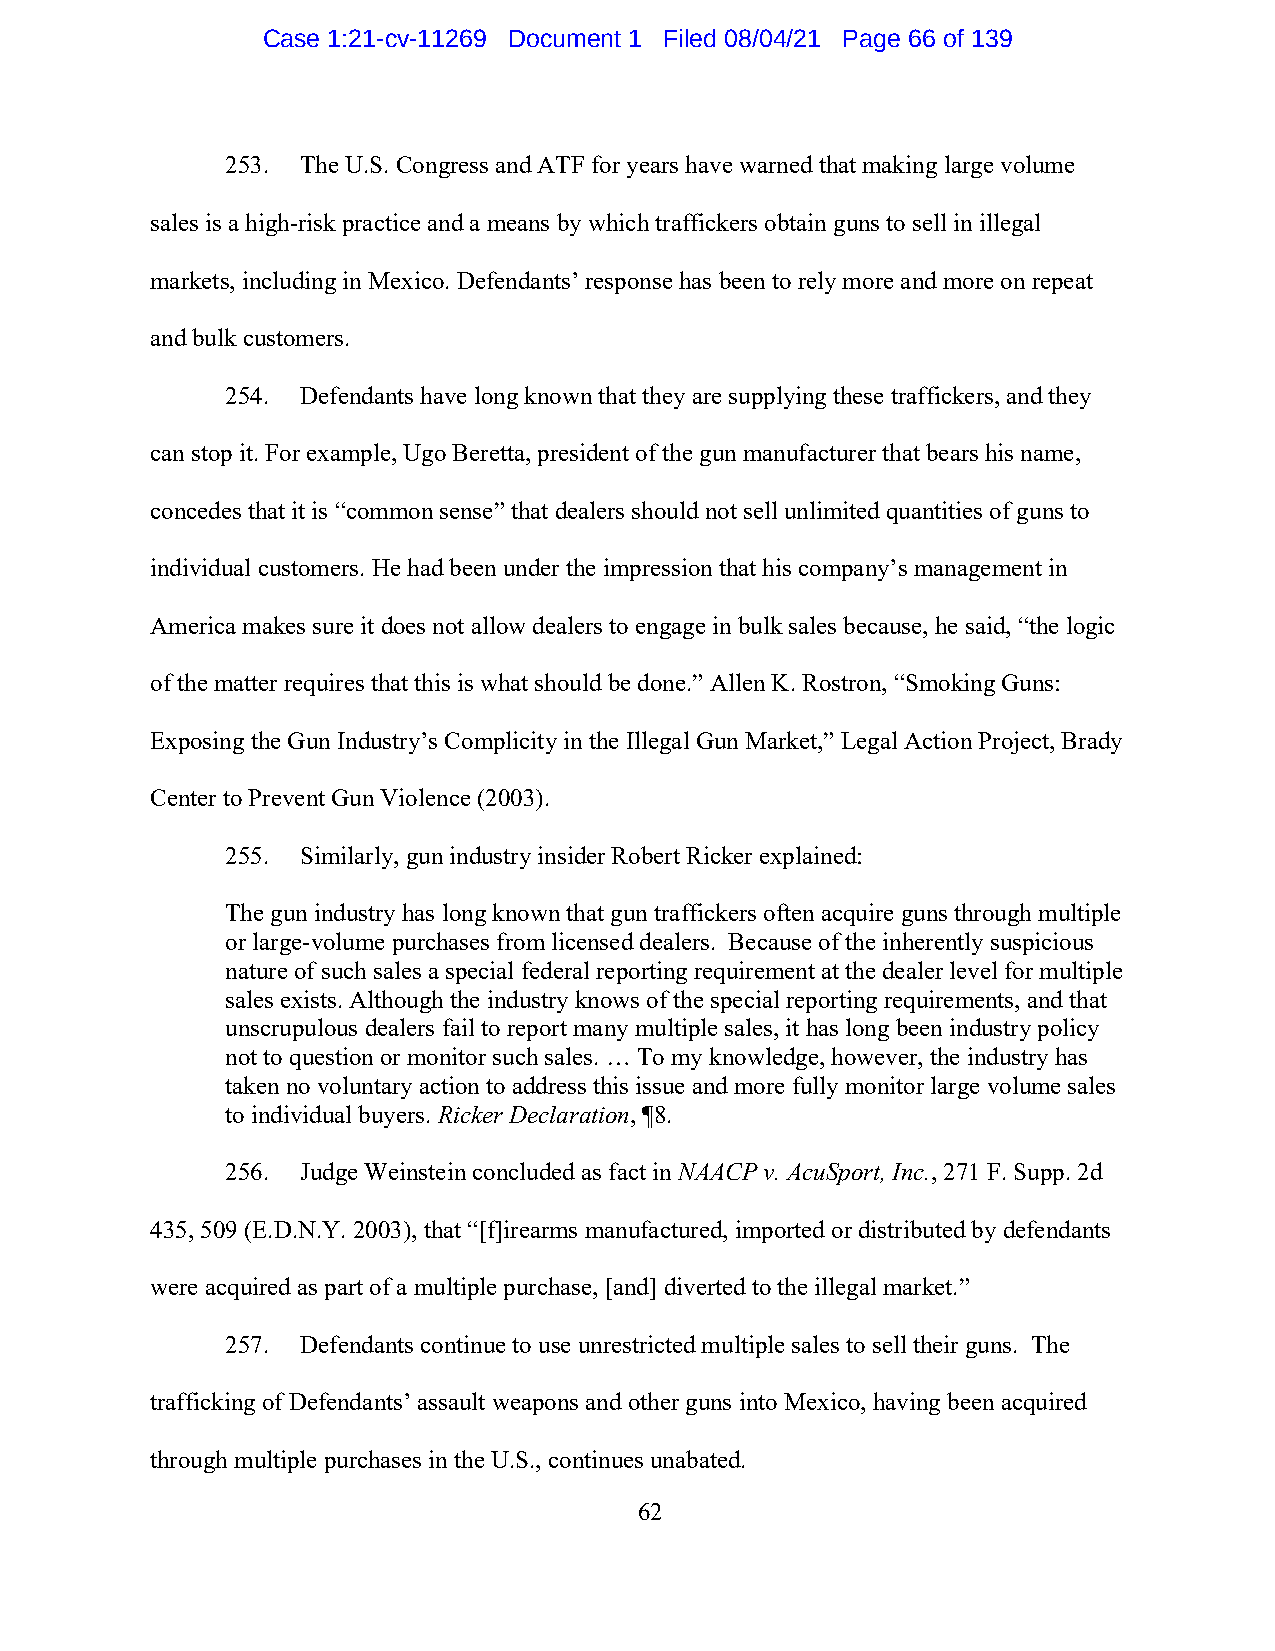
Case 1:21-cv-11269 Document 1 Filed 08/04/21 Page 66 of 139
 253. The U.S. Congress and ATF for years have warned that making large volume
 sales is a high-risk practice and a means by which traffickers obtain guns to sell in illegal
 markets, including in Mexico. Defendants’ response has been to rely more and more on repeat
 and bulk customers.
 254. Defendants have long known that they are supplying these traffickers, and they
 can stop it. For example, Ugo Beretta, president of the gun manufacturer that bears his name,
 concedes that it is “common sense” that dealers should not sell unlimited quantities of guns to
 individual customers. He had been under the impression that his company’s management in
 America makes sure it does not allow dealers to engage in bulk sales because, he said, “the logic
 of the matter requires that this is what should be done.” Allen K. Rostron, “Smoking Guns:
 Exposing the Gun Industry’s Complicity in the Illegal Gun Market,” Legal Action Project, Brady
 Center to Prevent Gun Violence (2003).
 255. Similarly, gun industry insider Robert Ricker explained:
 The gun industry has long known that gun traffickers often acquire guns through multiple
 or large-volume purchases from licensed dealers. Because of the inherently suspicious
 nature of such sales a special federal reporting requirement at the dealer level for multiple
 sales exists. Although the industry knows of the special reporting requirements, and that
 unscrupulous dealers fail to report many multiple sales, it has long been industry policy
 not to question or monitor such sales. … To my knowledge, however, the industry has
 taken no voluntary action to address this issue and more fully monitor large volume sales
 to individual buyers. Ricker Declaration, ¶8.
 256. Judge Weinstein concluded as fact in NAACP v. AcuSport, Inc., 271 F. Supp. 2d
 435, 509 (E.D.N.Y. 2003), that “[f]irearms manufactured, imported or distributed by defendants
 were acquired as part of a multiple purchase, [and] diverted to the illegal market.”
 257. Defendants continue to use unrestricted multiple sales to sell their guns. The
 trafficking of Defendants’ assault weapons and other guns into Mexico, having been acquired
 through multiple purchases in the U.S., continues unabated.
 62